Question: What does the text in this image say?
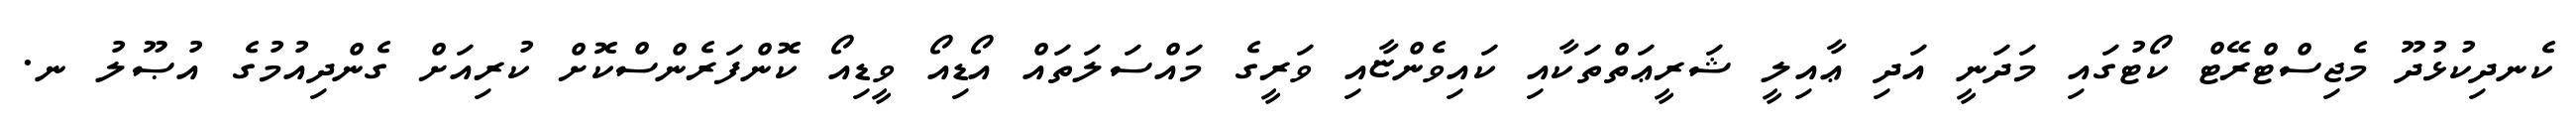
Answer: ކެނދިކުޅުދޫ މެޖިސްޓްރޭޓް ކޯޓުގައި މަދަނީ އަދި ޢާއިލީ ޝަރީޢަތްތަކާއި ކައިވެންޏާއި ވަރީގެ މައްސަލަތައް އޯޑިއޯ ވީޑިއޯ ކޮންފަރެންސްކޮށް ކުރިއަށް ގެންދިއުމުގެ އުޞޫލު ނ.